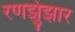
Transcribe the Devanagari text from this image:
रणझुंझार